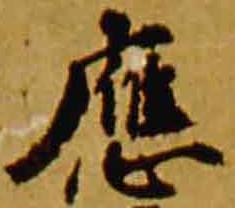
応